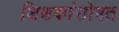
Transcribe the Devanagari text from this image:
शिक्षकांसोबत